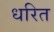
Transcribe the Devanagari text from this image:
धरित